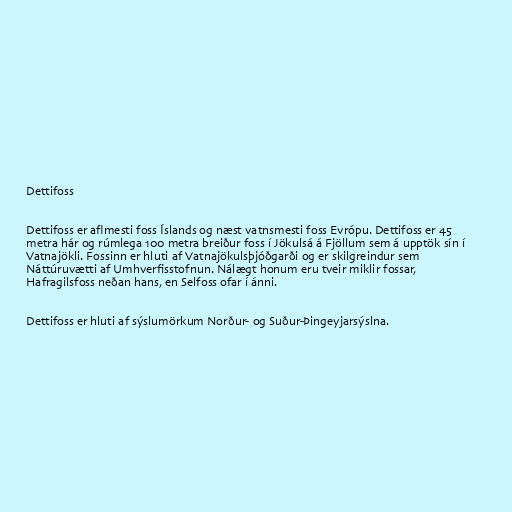
Dettifoss

Dettifoss er aflmesti foss Íslands og næst vatnsmesti foss Evrópu. Dettifoss er 45
metra hár og rúmlega 100 metra breiður foss í Jökulsá á Fjöllum sem á upptök sín í
Vatnajökli. Fossinn er hluti af Vatnajökulsþjóðgarði og er skilgreindur sem
Náttúruvætti af Umhverfisstofnun. Nálægt honum eru tveir miklir fossar,
Hafragilsfoss neðan hans, en Selfoss ofar í ánni.

Dettifoss er hluti af sýslumörkum Norður- og Suður-Þingeyjarsýslna.